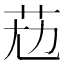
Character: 𦭋